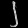
Digit: ၂